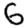
Digit: 6